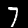
Digit: 7